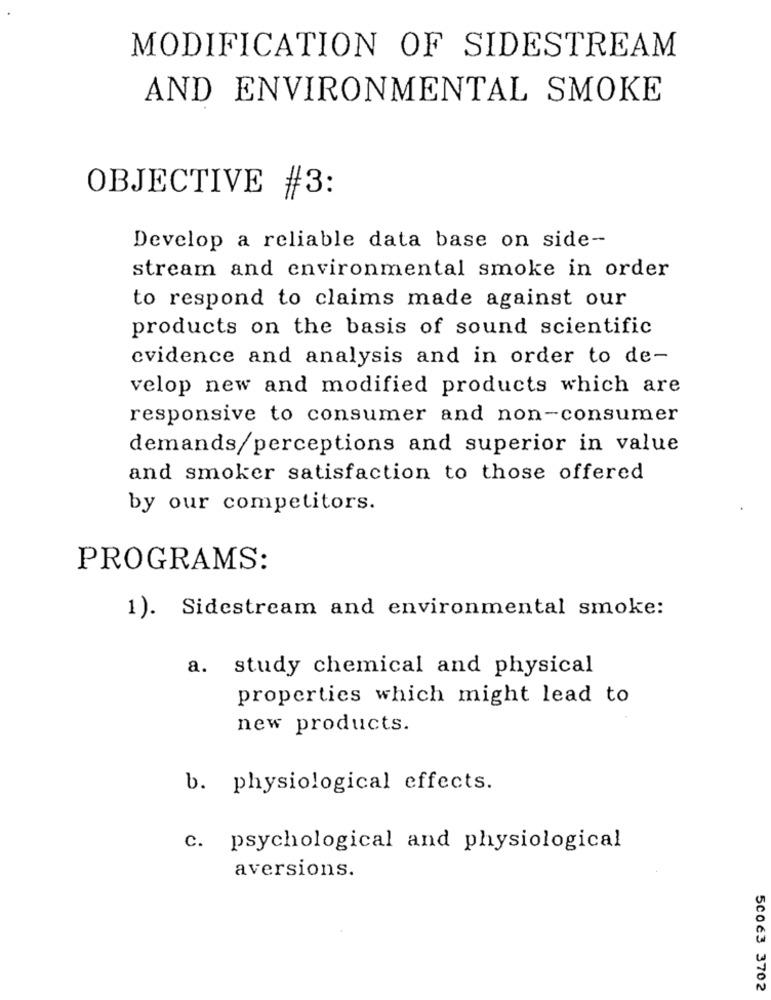
MODIFICATION OF SIDESTREAM
AND ENVIRONMENTAL SMOKE
OBJECTIVE #3:
Develop a reliable data base on side-
stream and environmental smoke in order
to respond to claims made against our
products on the basis of sound scientific
evidence and analysis and in order to de-
velop new and modified products which are
responsive to consumer and non-consumer
demands/perceptions and superior in value
and smoker satisfaction to those offered
by our competitors.
PROGRAMS:
1). Sidestream and environmental smoke:
a. study chemical and physical
properties which might lead to
new products.
b. physiological effects.
c. psychological and physiological
aversions.
50063 3702